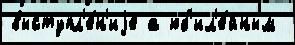
выступл'е́н'иjе а юб'ил'е́йным